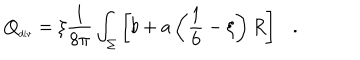
LaTeX: { Q } _ { \tiny \mathrm { d i v } } = \xi { \frac { 1 } { 8 \pi } } \int _ { \Sigma } \left[ b + a \left( \frac 1 6 - \xi \right) R \right] .